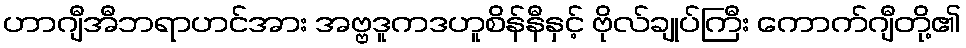
ဟာဂျီအီဘရာဟင်အား အဗ္ဗဒူကဒဟူစိန်နီနှင့် ဗိုလ်ချုပ်ကြီး ကောက်ဂျီတို့၏